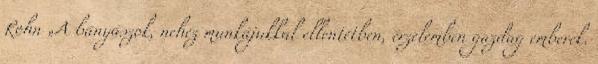
Rohn „A bányászok, nehéz munkájukkal ellentétben, érzelemben gazdag emberek.